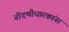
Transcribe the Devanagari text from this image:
नोंदणीधारकांना